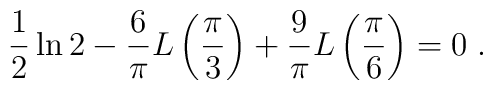
\frac{1}{2} \ln 2  - \frac{6}{\pi} L\left( \frac{\pi}{3} \right)+ \frac{9}{\pi} L \left( \frac{\pi}{6} \right) = 0 \; .